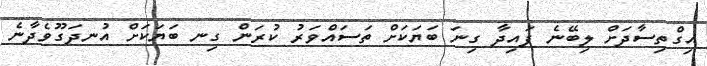
އިގްތިސާދަށް ލިބޭނެ ފައިދާ ގިނަ ބަޔަކަށް ތަސައްވަރު ކުރަން ގިނ ބަޔަކަށް އުނދަގޫވެދާނެ